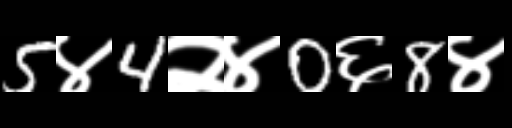
Text: 5४4२४0६8४